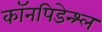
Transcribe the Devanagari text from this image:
कॉनपिडेन्श्ल